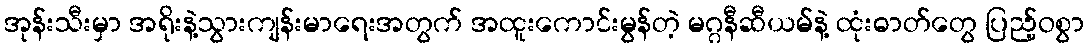
အုန်းသီးမှာ အရိုးနဲ့သွားကျန်းမာရေးအတွက် အထူးကောင်းမွန်တဲ့ မဂ္ဂနီဆီယမ်နဲ့ ထုံးဓာတ်တွေ ပြည့်ဝစွာ